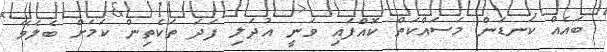
ބައެއް ކަނޑަން މަސައްކަތް ކޮއްފައި ވަނީ އުދަލި ފަދަ ތަކެތިން ކަމަށް ބެލެވޭ